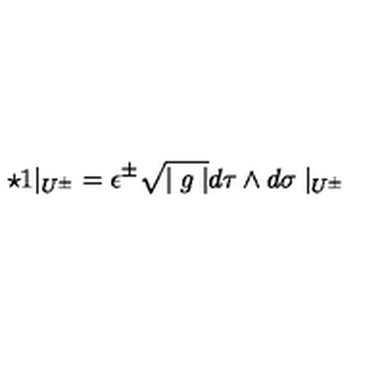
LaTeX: \star 1 { \mid _ { U ^ { \pm } } } = \epsilon ^ { \pm } \sqrt { \mid g \mid } d \tau \wedge d \sigma \mid _ { U ^ { \pm } }